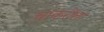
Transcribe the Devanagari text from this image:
चाकरीला